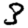
Digit: 3